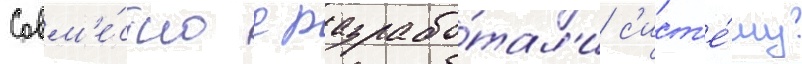
Совм'е́стно с разрабо́тал'и с'ист'е́му